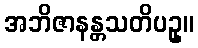
အဘိဇာနန္တသတိပဥှ။